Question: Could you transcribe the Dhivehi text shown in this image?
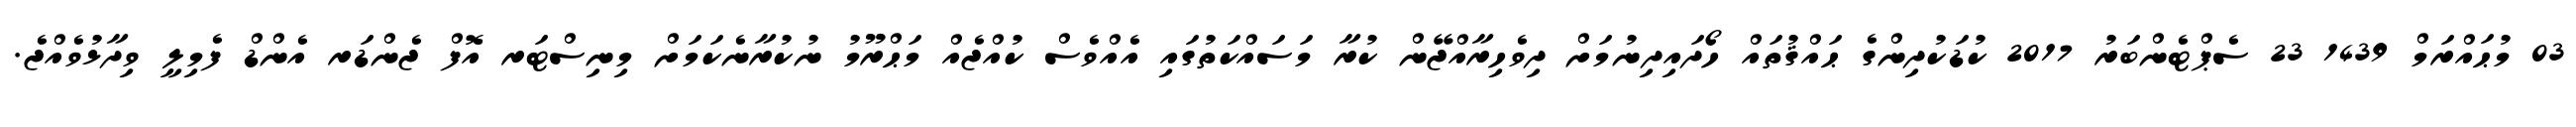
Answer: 03 މުޙައްރަމް 1439 23 ސެޕްޓެންބަރު 2017 ކުޑަކުދިންގެ ޙައްޤުތައް ހޯދައިދިނުމަށް ދިވެހިރާއްޖޭން ކުރާ މަސައްކަތުގައި އެއްވެސް ކުއްޖެއް މަޙްރޫމު ނުކުރާނެކަމަށް މިނިސްޓަރ އޮފް ޖެންޑަރ އެންޑް ފެމިލީ ވިދާޅުވެއްޖެ.